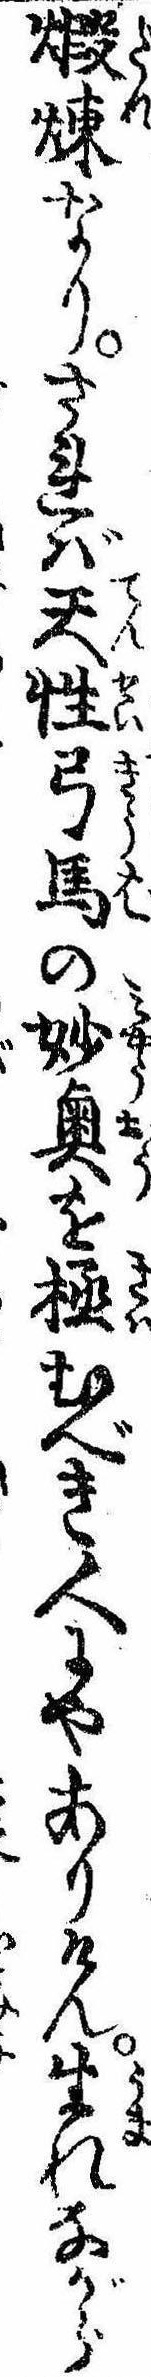
煆煉なりされば天性弓馬の妙奥を極むべき人にやありけん生れながら